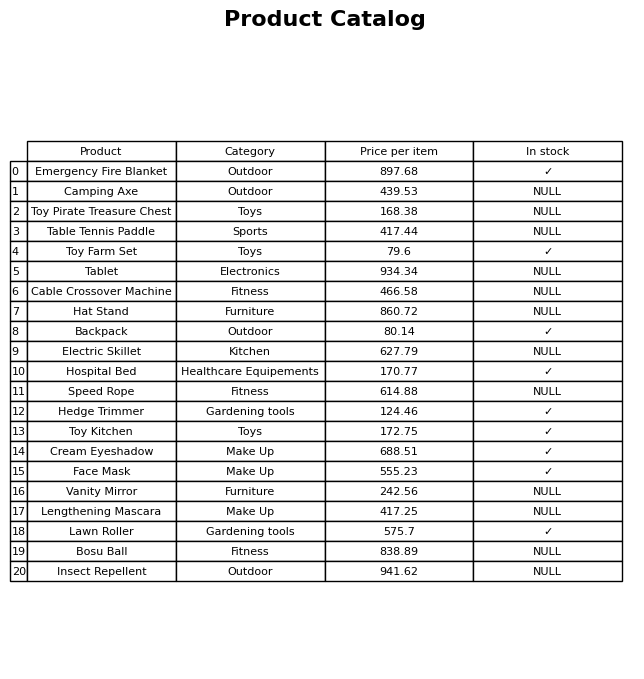
question: Which products are currently out of stock?
answer: Camping Axe, Toy Pirate Treasure Chest, Table Tennis Paddle, Tablet, Cable Crossover Machine, Hat Stand, Electric Skillet, Speed Rope, Vanity Mirror, Lengthening Mascara, Bosu Ball, Insect Repellent